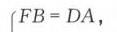
\(FB = DA\)